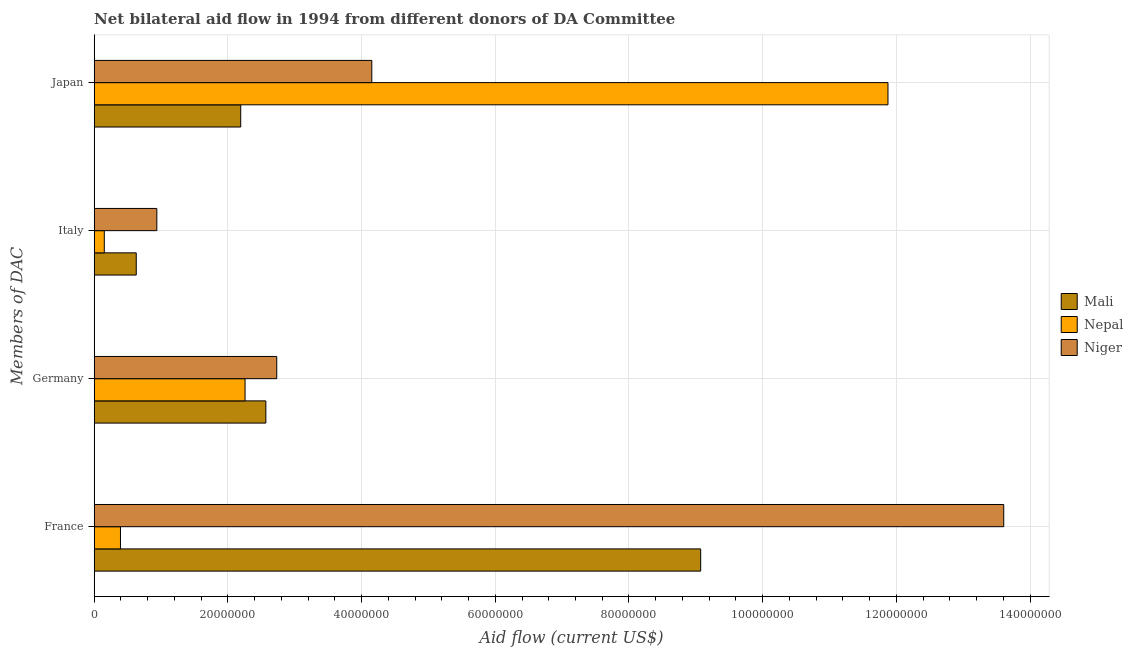
| Members of DAC | Mali | Nepal | Niger |
 | --- | --- | --- | --- |
 | France | 9.07e+07 | 3.93e+06 | 1.36e+08 |
 | Germany | 2.57e+07 | 2.26e+07 | 2.73e+07 |
 | Italy | 6.29e+06 | 1.51e+06 | 9.37e+06 |
 | Japan | 2.19e+07 | 1.19e+08 | 4.15e+07 |